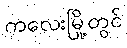
ကလေးမြို့တွင်